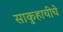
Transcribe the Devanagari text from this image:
साकुहाचीचे